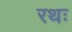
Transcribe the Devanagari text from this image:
रथः